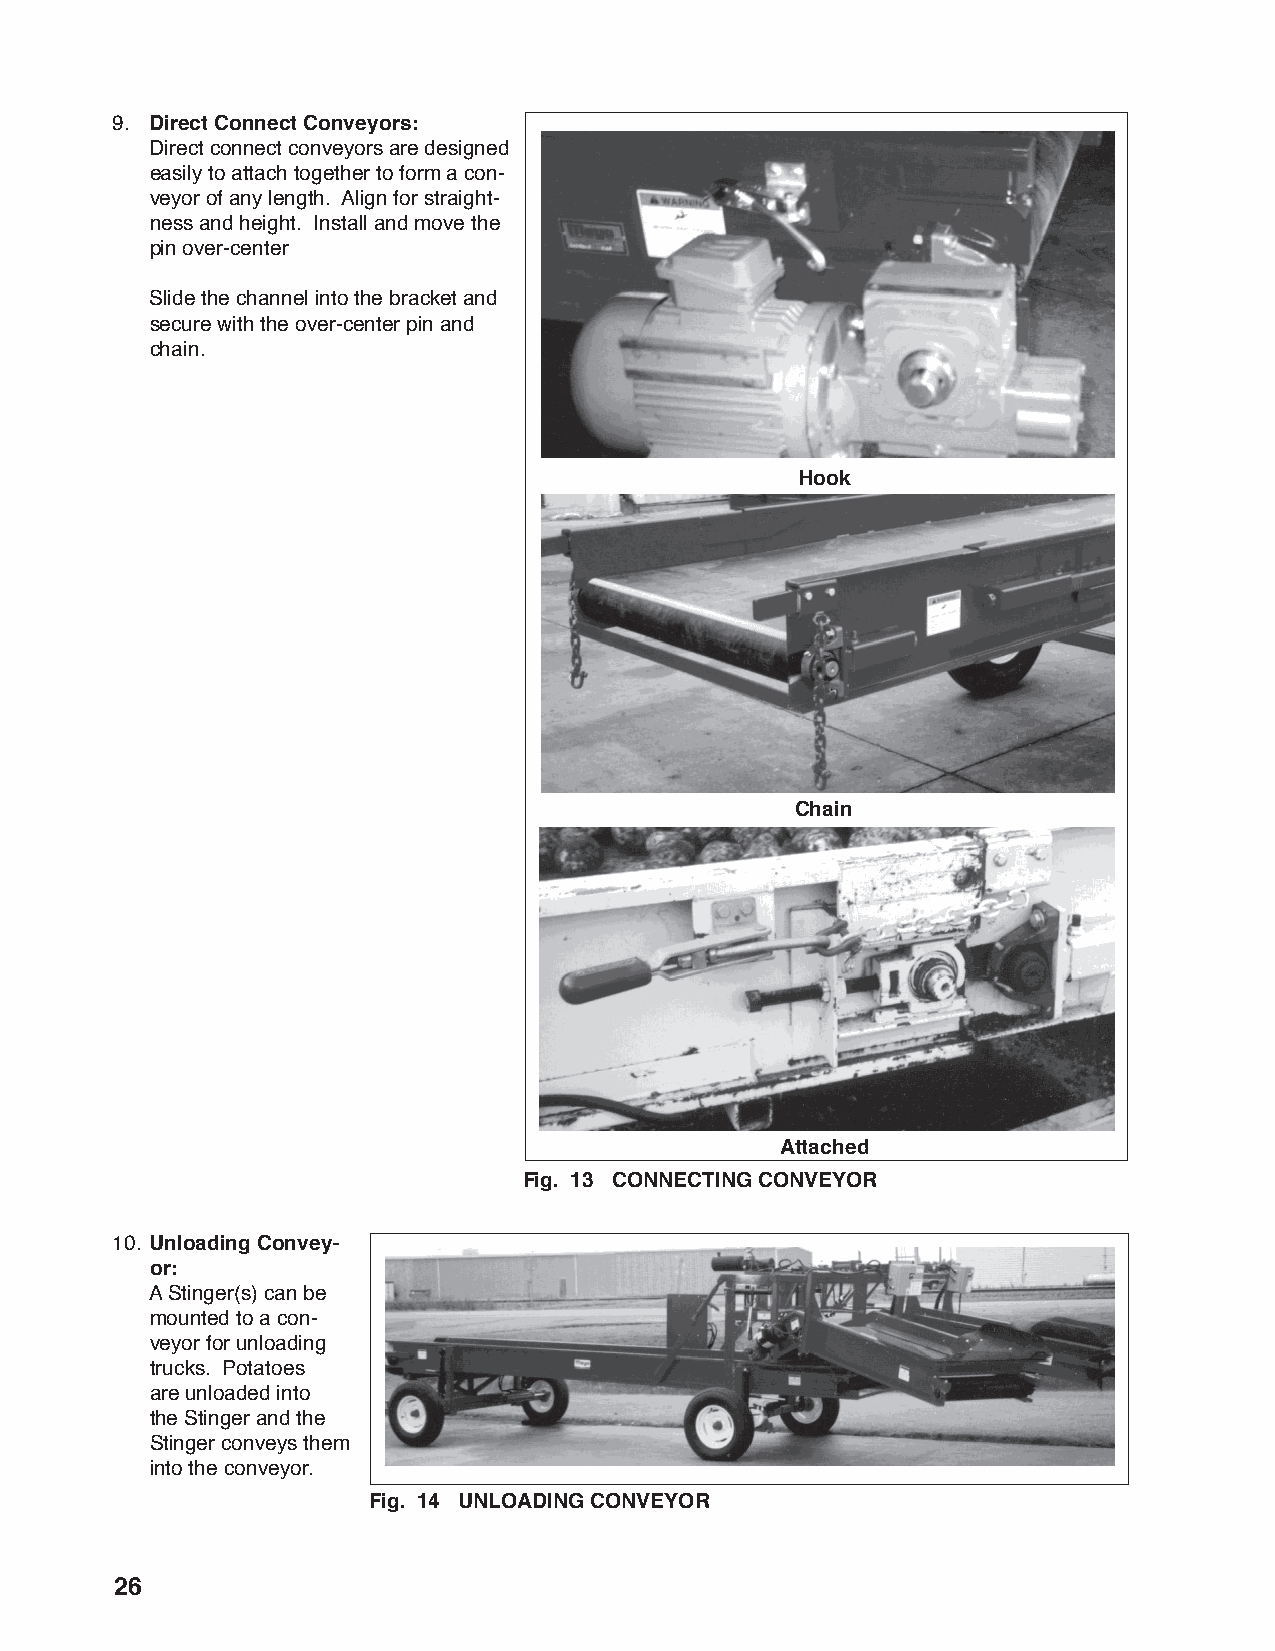
9. Direct Connect Conveyors:
 Direct connect conveyors are designed
 easily to attach together to form a con-
 veyor of any length. Align for straight-
 ness and height. Install and move the
 pin over-center
 Slide the channel into the bracket and
 secure with the over-center pin and
 chain.
 Hook
 Chain
 Attached
 Fig. 13 CONNECTING CONVEYOR
 10. Unloading Convey-
 or:
 A Stinger(s) can be
 mounted to a con-
 veyor for unloading
 trucks. Potatoes
 are unloaded into
 the Stinger and the
 Stinger conveys them
 into the conveyor.
 Fig. 14 UNLOADING CONVEYOR
 26